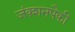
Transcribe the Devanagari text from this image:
जंक्शनपैकी